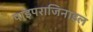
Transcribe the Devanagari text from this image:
पाइपराजिनाइल